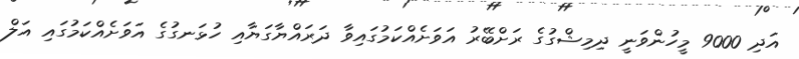
އަދި 9000 މީހުންވަނީ ދިމިޝްގުގެ ރަށްބޭރު އަވަށެއްކަމުގައިވާ ދަރައްޔާގަޔާއި ހުޅަނގުގެ އަވަށެއްކަމުގައި އަލް